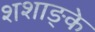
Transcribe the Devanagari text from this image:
शशाङ्के